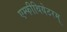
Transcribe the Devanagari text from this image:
एम्फीथियेटरम्